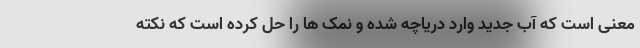
معنی است که آب جدید وارد دریاچه شده و نمک ها را حل کرده است که نکته